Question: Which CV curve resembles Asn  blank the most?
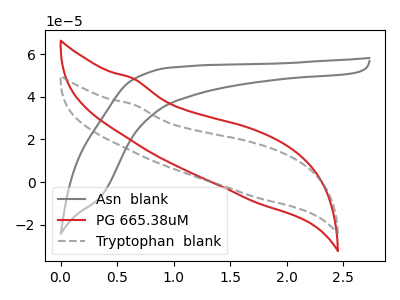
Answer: <think>The gray curve "Asn  blank" has no peaks. The red curve "PG 665.38uM" has no peaks. The gray dashed curve "Tryptophan  blank" has no peaks.
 Neither "Asn  blank" or "PG 665.38uM" have any peaks. Neither "Asn  blank" or "Tryptophan  blank" have any peaks. Neither "PG 665.38uM" or "Tryptophan  blank" have any peaks.</think>
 <answer>"Asn  blank" and "PG 665.38uM" have a similar shape to "Tryptophan  blank".</answer>
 <eval>"Asn  blank" "PG 665.38uM"</eval>